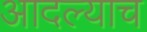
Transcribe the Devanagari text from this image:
आदल्याच